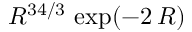
R ^ { 3 4 / 3 } \, \exp ( - 2 \, R )